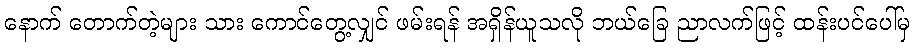
နောက် တောက်တဲ့များ သား ကောင်တွေ့လျှင် ဖမ်းရန် အရှိန်ယူသလို ဘယ်ခြေ ညာလက်ဖြင့် ထန်းပင်ပေါ်မှ